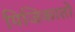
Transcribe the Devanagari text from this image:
पिजिकातो